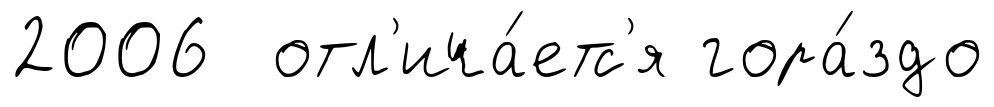
2006 отл'ича́етс'я гора́здо